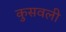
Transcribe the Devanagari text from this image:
कुसवली